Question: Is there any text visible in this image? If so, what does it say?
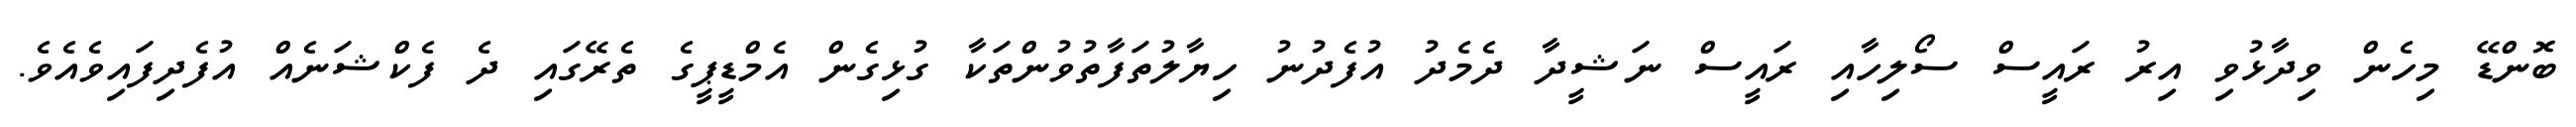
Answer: ބޮންޑޭ މިހެން ވިދާޅުވި އިރު ރައީސް ސޯލިހާއި ރައީސް ނަޝީދާ ދެމެދު އުފެދުނު ހިޔާލުތަފާތުވުންތަކާ ގުޅިގެން އެމްޑީޕީގެ ތެރޭގައި ދެ ފެކްޝަނެއް އުފެދިފައިވެއެވެ.